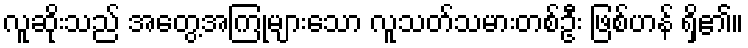
လူဆိုးသည် အတွေ့အကြုံများသော လူသတ်သမားတစ်ဦး ဖြစ်ဟန် ရှိ၏။